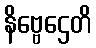
နိဗ္ဗေဌေတိ